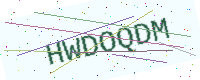
Text: HWDOQDM